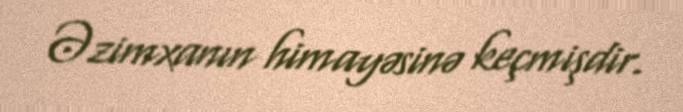
Əzimxanın himayəsinə keçmişdir.